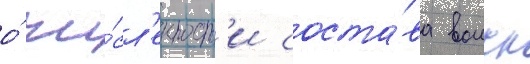
о́ чи́сл'енност'и соста́ва воиск